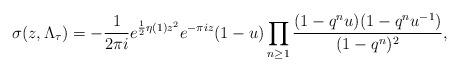
LaTeX: \begin{align*}\sigma(z,\Lambda_\tau)=-\frac{1}{2\pi i}e^{\frac{1}{2}\eta(1)z^2}e^{-\pi i z}(1-u)\prod_{n \geq 1}\frac{(1-q^n u)(1-q^n u^{-1})}{(1-q^n)^2},\end{align*}